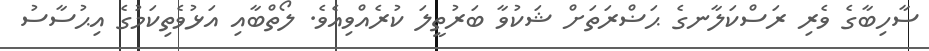
ސާހިބާގެ ވެރި ރަސްކަލާނގެ ޙަޟްރަތަށް ޝަކުވާ ބަރުތީލަ ކުރެއްވިއެވެ. ލޯތްބާއި އަޅުވެތިކަމުގެ އިޙުސާސު